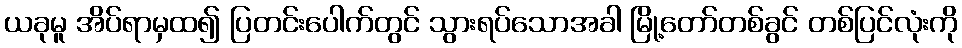
ယခုမူ အိပ်ရာမှထ၍ ပြတင်းပေါက်တွင် သွားရပ်သောအခါ မြို့တော်တစ်ခွင် တစ်ပြင်လုံးကို